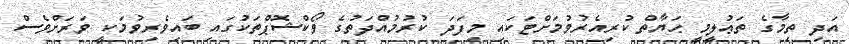
އަދި ތިމާގެ ތަޢުލީމީ ޙަޔާތް ކުރިއެރުވުމަށްޓަކައި މިފަދަ ކުރުމުއްދަތުގެ ވޯކްޝޮޕްތަކުގައި ބައިވެރިވުމަކީ ވަރަށްވެސްް